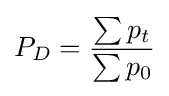
P_{D}={\frac {\sum p_{t}}{\sum p_{0}}}